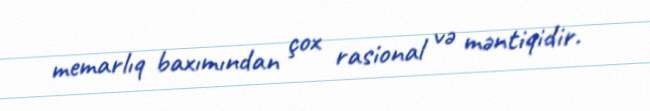
memarlıq baxımından çox rasional və məntiqidir.